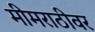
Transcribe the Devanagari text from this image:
मीमराठीवर